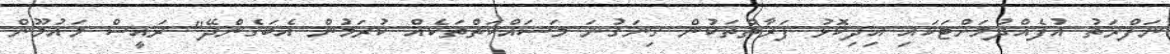
ނަފްރަތު އުފެއްދުމަށްޓަކައި އިދިކޮޅު ފަރާތްތަކުން ގިނަގުނަ މަސައްކަތްތަކެއް ކުރަމުން އެބަގެންދޭ" ރައީސް މައުމޫން